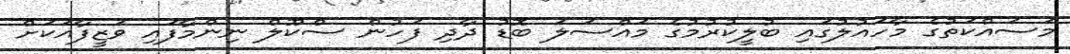
މަސައްކަތުގެ މާހައުލުގައި ބުލީކުރުމުގެ މައްސަލަ ބޮޑު ދާދި ފަހުން ސްކޫލް ނިންމާފައި ވަޒީފާއަކަށް